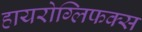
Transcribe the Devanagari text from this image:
हायरोग्लिफक्स